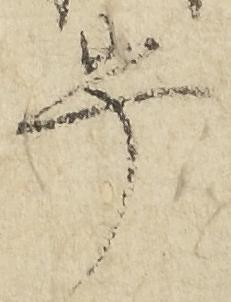
畢